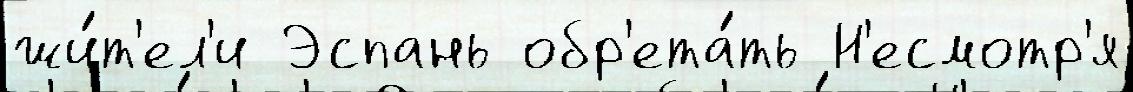
жи́т'ел'и Эспань обр'ета́ть Н'есмотр'я